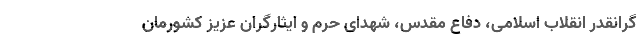
گرانقدر انقلاب اسلامی، دفاع مقدس، شهدای حرم و ایثارگران عزیز کشورمان